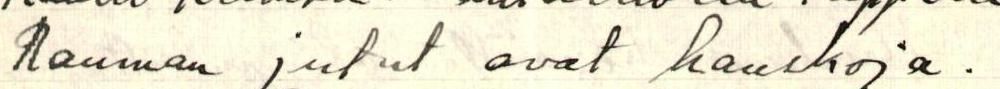
Rauman jutut ovat hauskoja.